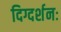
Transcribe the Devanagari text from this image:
दिग्दर्शनः